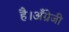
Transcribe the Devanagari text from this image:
है।अँग्रेजी